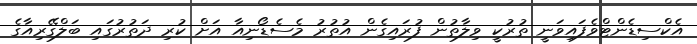
އެކްސިޑެންޓްވެފައިވަނީ ތުރުކީ ވިލާތުން ފުރައިގެން އުތުރު މެސެޑޯނިއާ އަށް ކުރި ދަތުރުގައި ބަލްގޭރިއާގެ